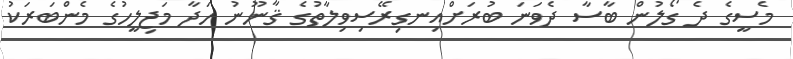
މެސީގެ ދެ ގޯލުން ބާސާ ދެވަނަ ބުރަށްއިނގިރޭސިވިލާތުގެ ޤާނޫނު ހަދާ މަޖިލީހުގެ މެންބަރަކު